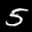
Label: 5